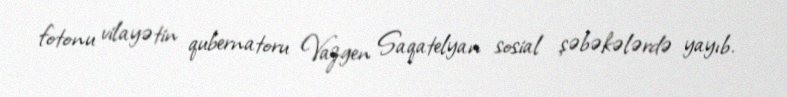
fotonu vilayətin qubernatoru Vazgen Saqatelyan sosial şəbəkələrdə yayıb.